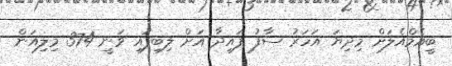
ބީއެމްއެލަށް މިދިޔަ އަހަރު ސާފު ފައިދާ އަށް ލިބިފައި ވަނީ 374 މިލިއަން